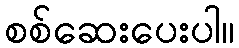
စစ်ဆေးပေးပါ။